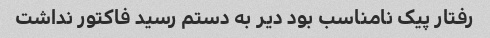
رفتار پیک نامناسب بود دیر به دستم رسید فاکتور نداشت